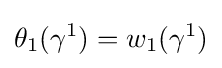
\theta _{1}(\gamma ^{1})=w_{1}(\gamma ^{1})